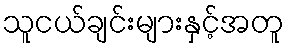
သူငယ်ချင်းများနှင့်အတူ